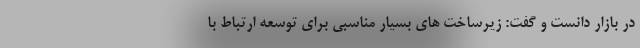
در بازار دانست و گفت: زیرساخت های بسیار مناسبی برای توسعه ارتباط با